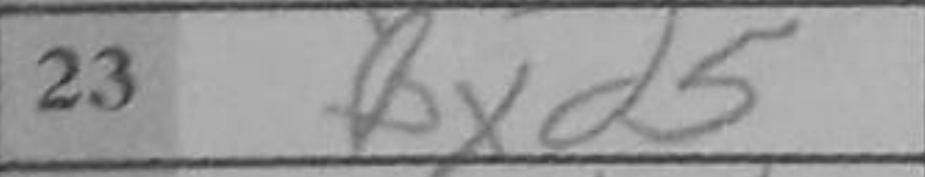
Transcription: Bxd5